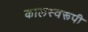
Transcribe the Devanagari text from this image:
कालस्वरूपी